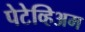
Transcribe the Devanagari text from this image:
पेटेव्हिअम